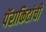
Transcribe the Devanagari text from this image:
पॅराकिटांची